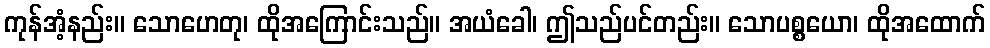
ကုန်အံ့နည်း။ သောဟေတု၊ ထိုအကြောင်းသည်။ အယံခေါ၊ ဤသည်ပင်တည်း။ သောပစ္စယော၊ ထိုအထောက်